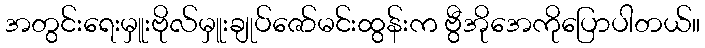
အတွင်းရေးမှူးဗိုလ်မှူးချုပ်ဇော်မင်းထွန်းက ဗွီအိုအေကိုပြောပါတယ်။